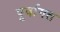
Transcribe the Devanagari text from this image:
पूर्वागत